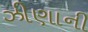
ઝીણાની